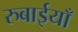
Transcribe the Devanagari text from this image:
रुबाईयाँ